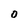
Character: 0